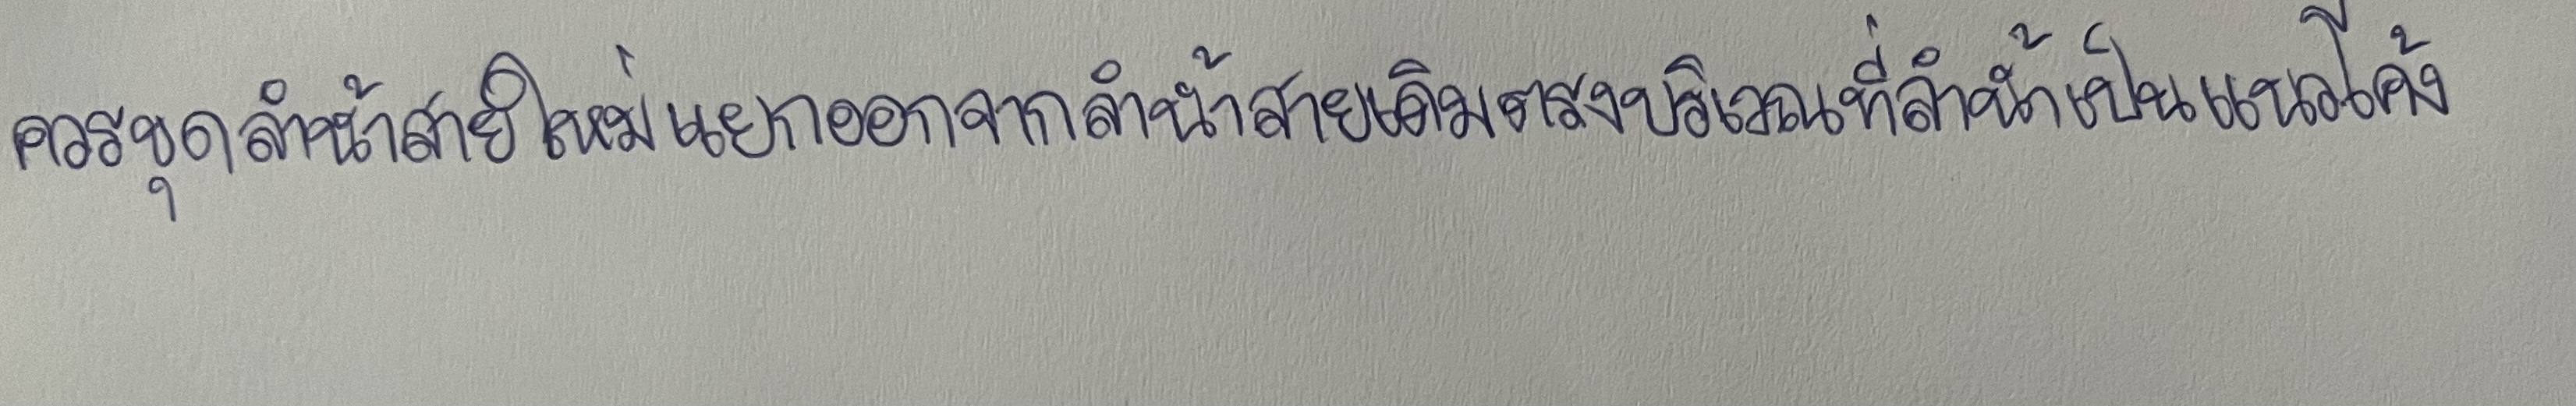
ควรขุดลำน้ำสายใหม่แยกออกจากลำน้ำสายเดิมตรงบริเวณที่ลำน้ำเป็นแนวโค้ง